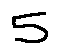
5